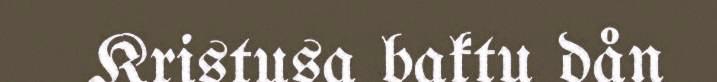
Kristusa baktu dån